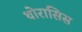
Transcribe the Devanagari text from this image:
थोरासिस